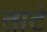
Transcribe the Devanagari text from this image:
ताटें